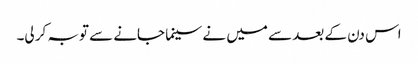
اس دن کے بعد سے میں نے سینما جانے سے توبہ کر لی۔